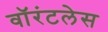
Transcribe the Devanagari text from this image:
वॉरंटलेस